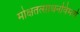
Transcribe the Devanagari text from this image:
मोक्षतत्साधनविमर्श